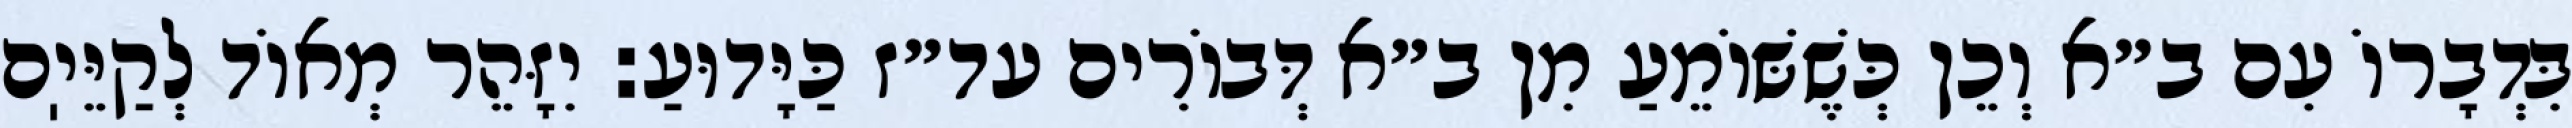
בִּדְבָרוֹ עִם ב״א וְכֵן כְּשֶׁשּׁוֹמֵעַ מִן ב״א דְּבוֹרִים עד״ז כַּיָּדוּעַ: יִזָּהֵר מְאוֹד לְקַיֵּיֽם